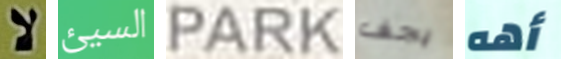
لا السيئ PARK يجف أهه